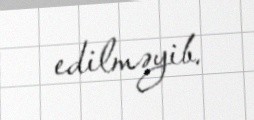
edilməyib.